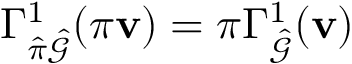
\Gamma _ { \hat { \pi } \hat { \mathcal { G } } } ^ { 1 } ( \pi \mathbf { v } ) = \pi \Gamma _ { \hat { \mathcal { G } } } ^ { 1 } ( \mathbf { v } )